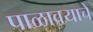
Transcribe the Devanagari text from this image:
पाळावयाचे